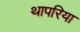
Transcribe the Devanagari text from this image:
थापरिया